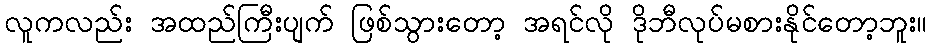
လူကလည်း အထည်ကြီးပျက် ဖြစ်သွားတော့ အရင်လို ဒိုဘီလုပ်မစားနိုင်တော့ဘူး။